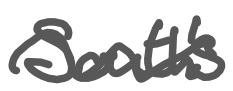
Text: South's
Cross-out: wave
Writing tool: digital_gray